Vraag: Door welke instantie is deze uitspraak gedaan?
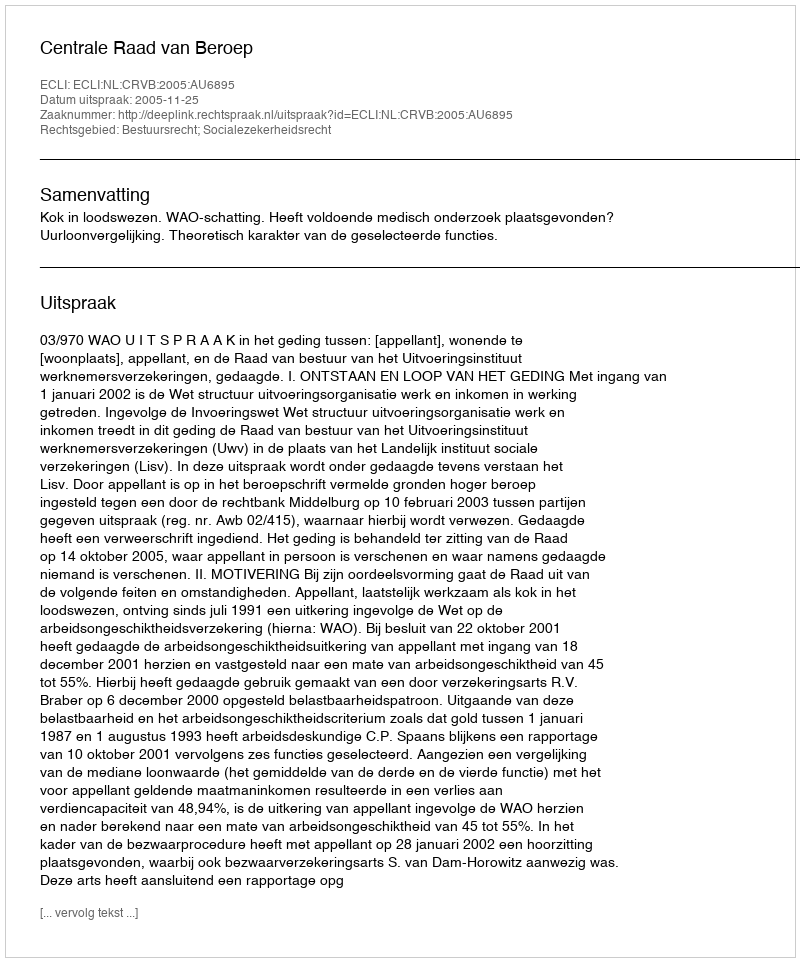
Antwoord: Centrale Raad van Beroep